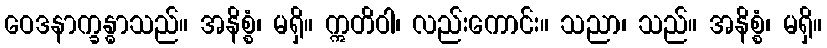
ဝေဒနာက္ခန္ဓာသည်။ အနိစ္စံ၊ မရှိ။ ဣတိဝါ၊ လည်းကောင်း။ သညာ၊ သည်။ အနိစ္စံ၊ မရှိ။